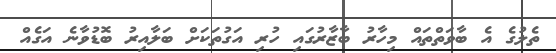
ތެލުގެ އެ ބާވަތްތައް މިހާރު ބާޒާރުގައި ހުރި އަގުތަކަށް ބަލާއިރު ބޮޑުވާނެ އަގެއް